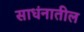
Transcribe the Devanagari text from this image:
साधंनातील